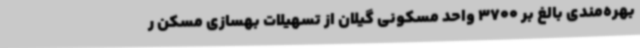
بهره‌مندی بالغ بر 3700 واحد مسکونی گیلان از تسهیلات بهسازی مسکن ر